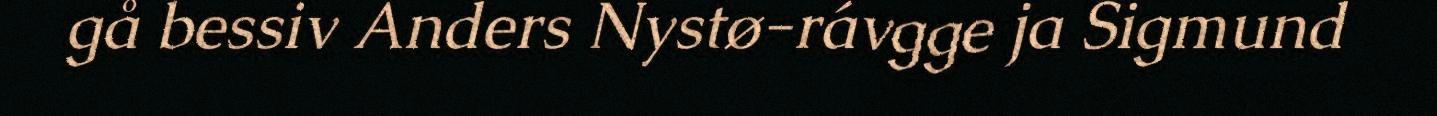
gå bessiv Anders Nystø-rávgge ja Sigmund